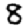
Digit: 8